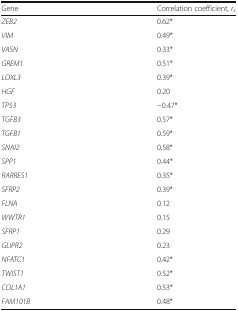
<table><thead><tr><td><b>Gene</b></td><td><b>Correlation coefficient, <i>r</i><sub><i>s</i></sub></b></td></tr></thead><tbody><tr><td><i>ZEB2</i></td><td>0.62*</td></tr><tr><td><i>VIM</i></td><td>0.49*</td></tr><tr><td><i>VASN</i></td><td>0.33*</td></tr><tr><td><i>GREM1</i></td><td>0.51*</td></tr><tr><td><i>LOXL3</i></td><td>0.39*</td></tr><tr><td><i>HGF</i></td><td>0.20</td></tr><tr><td><i>TP53</i></td><td>−0.47*</td></tr><tr><td><i>TGFB3</i></td><td>0.57*</td></tr><tr><td><i>TGFB1</i></td><td>0.59*</td></tr><tr><td><i>SNAI2</i></td><td>0.58*</td></tr><tr><td><i>SPP1</i></td><td>0.44*</td></tr><tr><td><i>RARRES1</i></td><td>0.35*</td></tr><tr><td><i>SFRP2</i></td><td>0.39*</td></tr><tr><td><i>FLNA</i></td><td>0.12</td></tr><tr><td><i>WWTR1</i></td><td>0.15</td></tr><tr><td><i>SFRP1</i></td><td>0.29</td></tr><tr><td><i>GLIPR2</i></td><td>0.23</td></tr><tr><td><i>NFATC1</i></td><td>0.42*</td></tr><tr><td><i>TWIST1</i></td><td>0.52*</td></tr><tr><td><i>COL1A1</i></td><td>0.53*</td></tr><tr><td><i>FAM101B</i></td><td>0.48*</td></tr></tbody></table>